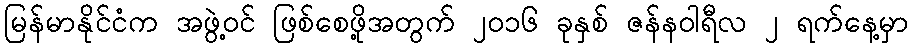
မြန်မာနိုင်ငံက အဖွဲ့ဝင် ဖြစ်စေဖို့အတွက် ၂၀၁၆ ခုနှစ် ဇန်နဝါရီလ ၂ ရက်နေ့မှာ